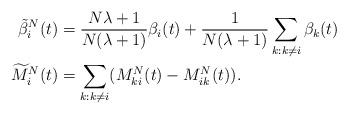
LaTeX: \begin{align*}\tilde{\beta}_{i}^{N}(t) & =\frac{N\lambda+1}{N(\lambda+1)}\beta_{i}(t)+\frac{1}{N(\lambda+1)}\sum_{k:k\neq i}\beta_{k}(t)\\\widetilde{M}_{i}^{N}(t) & =\sum_{k:k\neq i}(M_{ki}^{N}(t)-M_{ik}^{N}(t)).\end{align*}